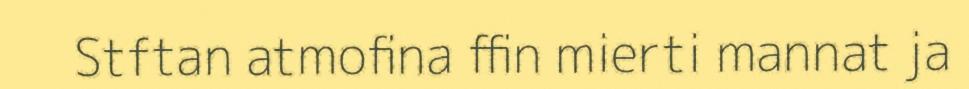
Stftan atmofina ffin mierti mannat ja